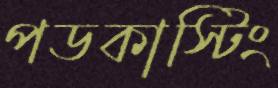
পডকাস্টিং